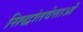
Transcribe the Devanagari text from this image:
सिद्धांतवेत्ताओं